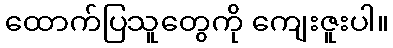
ထောက်ပြသူတွေကို ကျေးဇူးပါ။